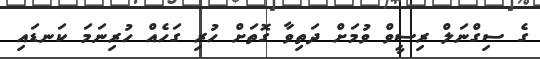
ގެ ސިގްނަލް ރިސީވް ވުމަށް ދަތިވާ ގޮތަށް ހުރި ގަހެއް ހުރިނަމަ ކަނޑައި